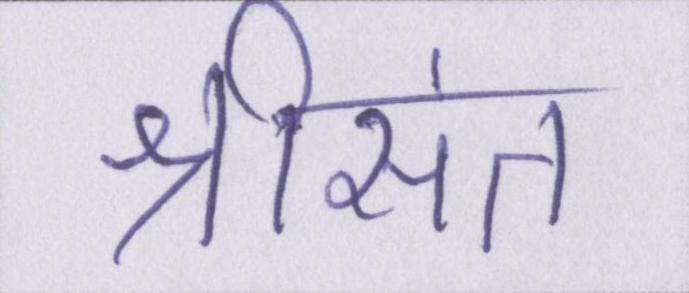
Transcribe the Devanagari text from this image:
श्रीसंत